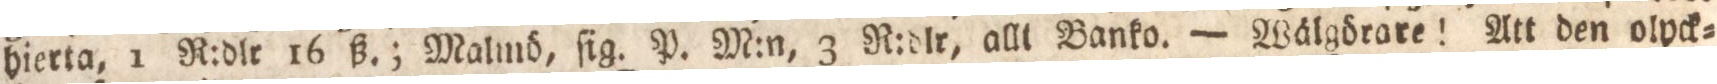
hierta, 1 R:dlr 16 ß.; Malmö, ſig. P. M:n, 3 R:dlr, allt Banko. — Wälgörare! Att den olyck=